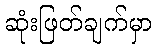
ဆုံးဖြတ်ချက်မှာ